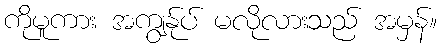
ကိုမူကား အကျွန်ုပ် မလိုလားသည် အမှန်။